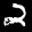
Label: 2